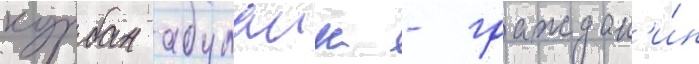
курбан абулаик - граждан'и́н